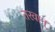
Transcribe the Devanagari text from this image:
तरवान्